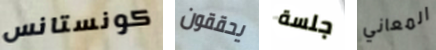
كونستانس يحققون جلسة المعاني